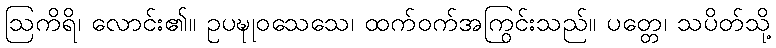
ဩကိရိ၊ လောင်း၏။ ဥပဍ္ဎုဝသေသေ၊ ထက်ဝက်အကြွင်းသည်။ ပတ္တေ၊ သပိတ်သို့